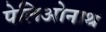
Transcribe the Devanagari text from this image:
पेलिओनाथ